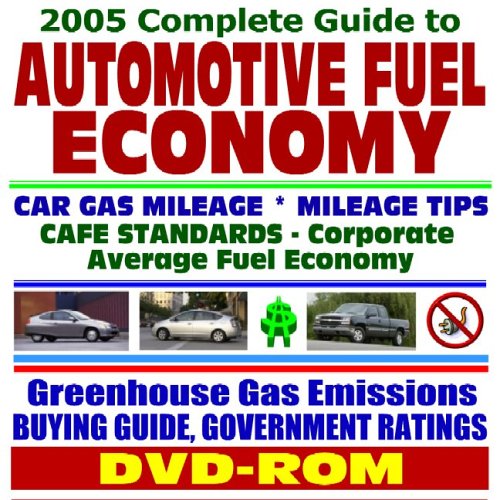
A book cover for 2005 Complete Guide to Automotive and Motor Vehicle Fuel Economy, Cars, Pickup Trucks, Sport Utility Vehicles (SUVs), Vans, Gas Mileage Data and ... Hybrid Cars and Electric Vehicles (DVD-ROM); U.S. Government; Engineering & Transportation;